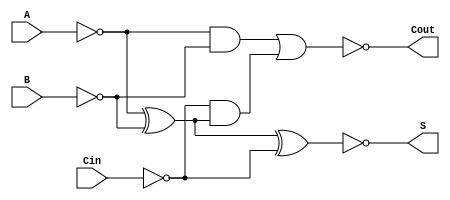
module Negative_Circuit_Full_Adder (
    input wire A,     // First binary input
    input wire B,     // Second binary input
    input wire Cin,   // Carry-in input
    output wire S,    // Sum output
    output wire Cout  // Carry-out output
);

// Inverted inputs
wire A_inv = ~A;
wire B_inv = ~B;
wire Cin_inv = ~Cin;

// Intermediate signals for sum and carry-out calculation
wire sum_temp;
wire carry_temp1, carry_temp2;

// Calculate sum using XOR gates
assign sum_temp = A_inv ^ B_inv ^ Cin_inv; // Negative logic for sum
assign S = ~sum_temp; // Inverted sum output

// Calculate carry-out using AND and OR gates
assign carry_temp1 = A_inv & B_inv; // A' AND B'
assign carry_temp2 = Cin_inv & (A_inv ^ B_inv); // Cin' AND (A' XOR B')
assign Cout = ~(carry_temp1 | carry_temp2); // Inverted carry-out output

endmodule